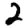
Digit: 2